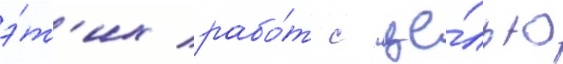
э́т'их рабо́т с це́лью